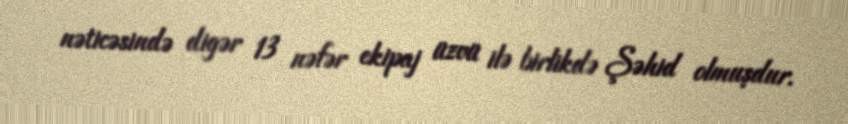
nəticəsində digər 13 nəfər ekipaj üzvü ilə birlikdə Şəhid olmuşdur.